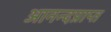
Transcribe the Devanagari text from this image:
आनन्दप्राप्त